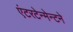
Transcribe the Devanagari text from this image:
एंटरटेन्मेन्टने